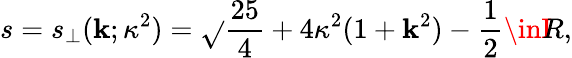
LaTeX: s=s_{\perp}(\mathbf{k};\kappa^{2})=\sqrt{}{{\frac{{25}}{{4}}+4\kappa^{2}(1+\mathbf{k}^{2})}}-\frac{1}{2}\inI\! \! R,